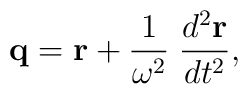
{\bf q}={\bf r}+{1\over\omega^2}\;{d^2{\bf r}\over dt^2},